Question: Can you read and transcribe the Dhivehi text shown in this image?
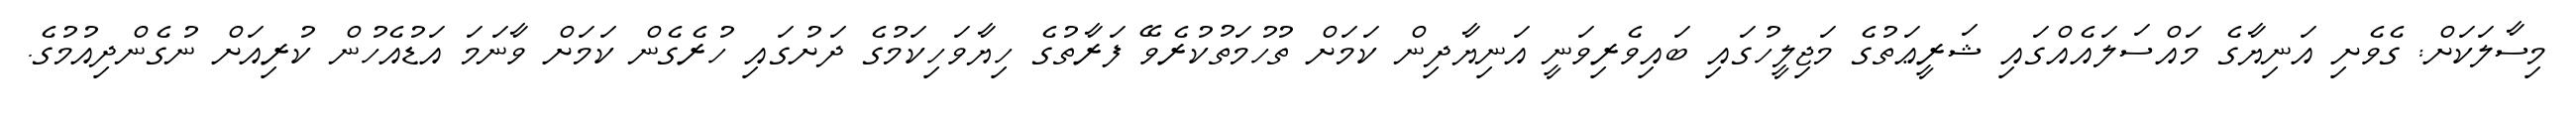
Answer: މިސާލަކަށް: ގެވެށި އަނިޔާގެ މައްސަލައެއްގައި ޝަރީޢަތުގެ މަޖިލީހުގައި ބައިވެރިވަނީ އަނިޔާދިން ކަމަށް ތުހުމަތުކުރެވޭ ފަރާތުގެ ހިޔާވަހިކަމުގެ ދަށުގައި ހުރެގެން ކަމަށް ވާނަމަ އަޑުއެހުން ކުރިއަށް ނުގެންދިއުމުގެ.